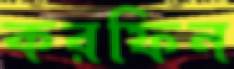
করফিন